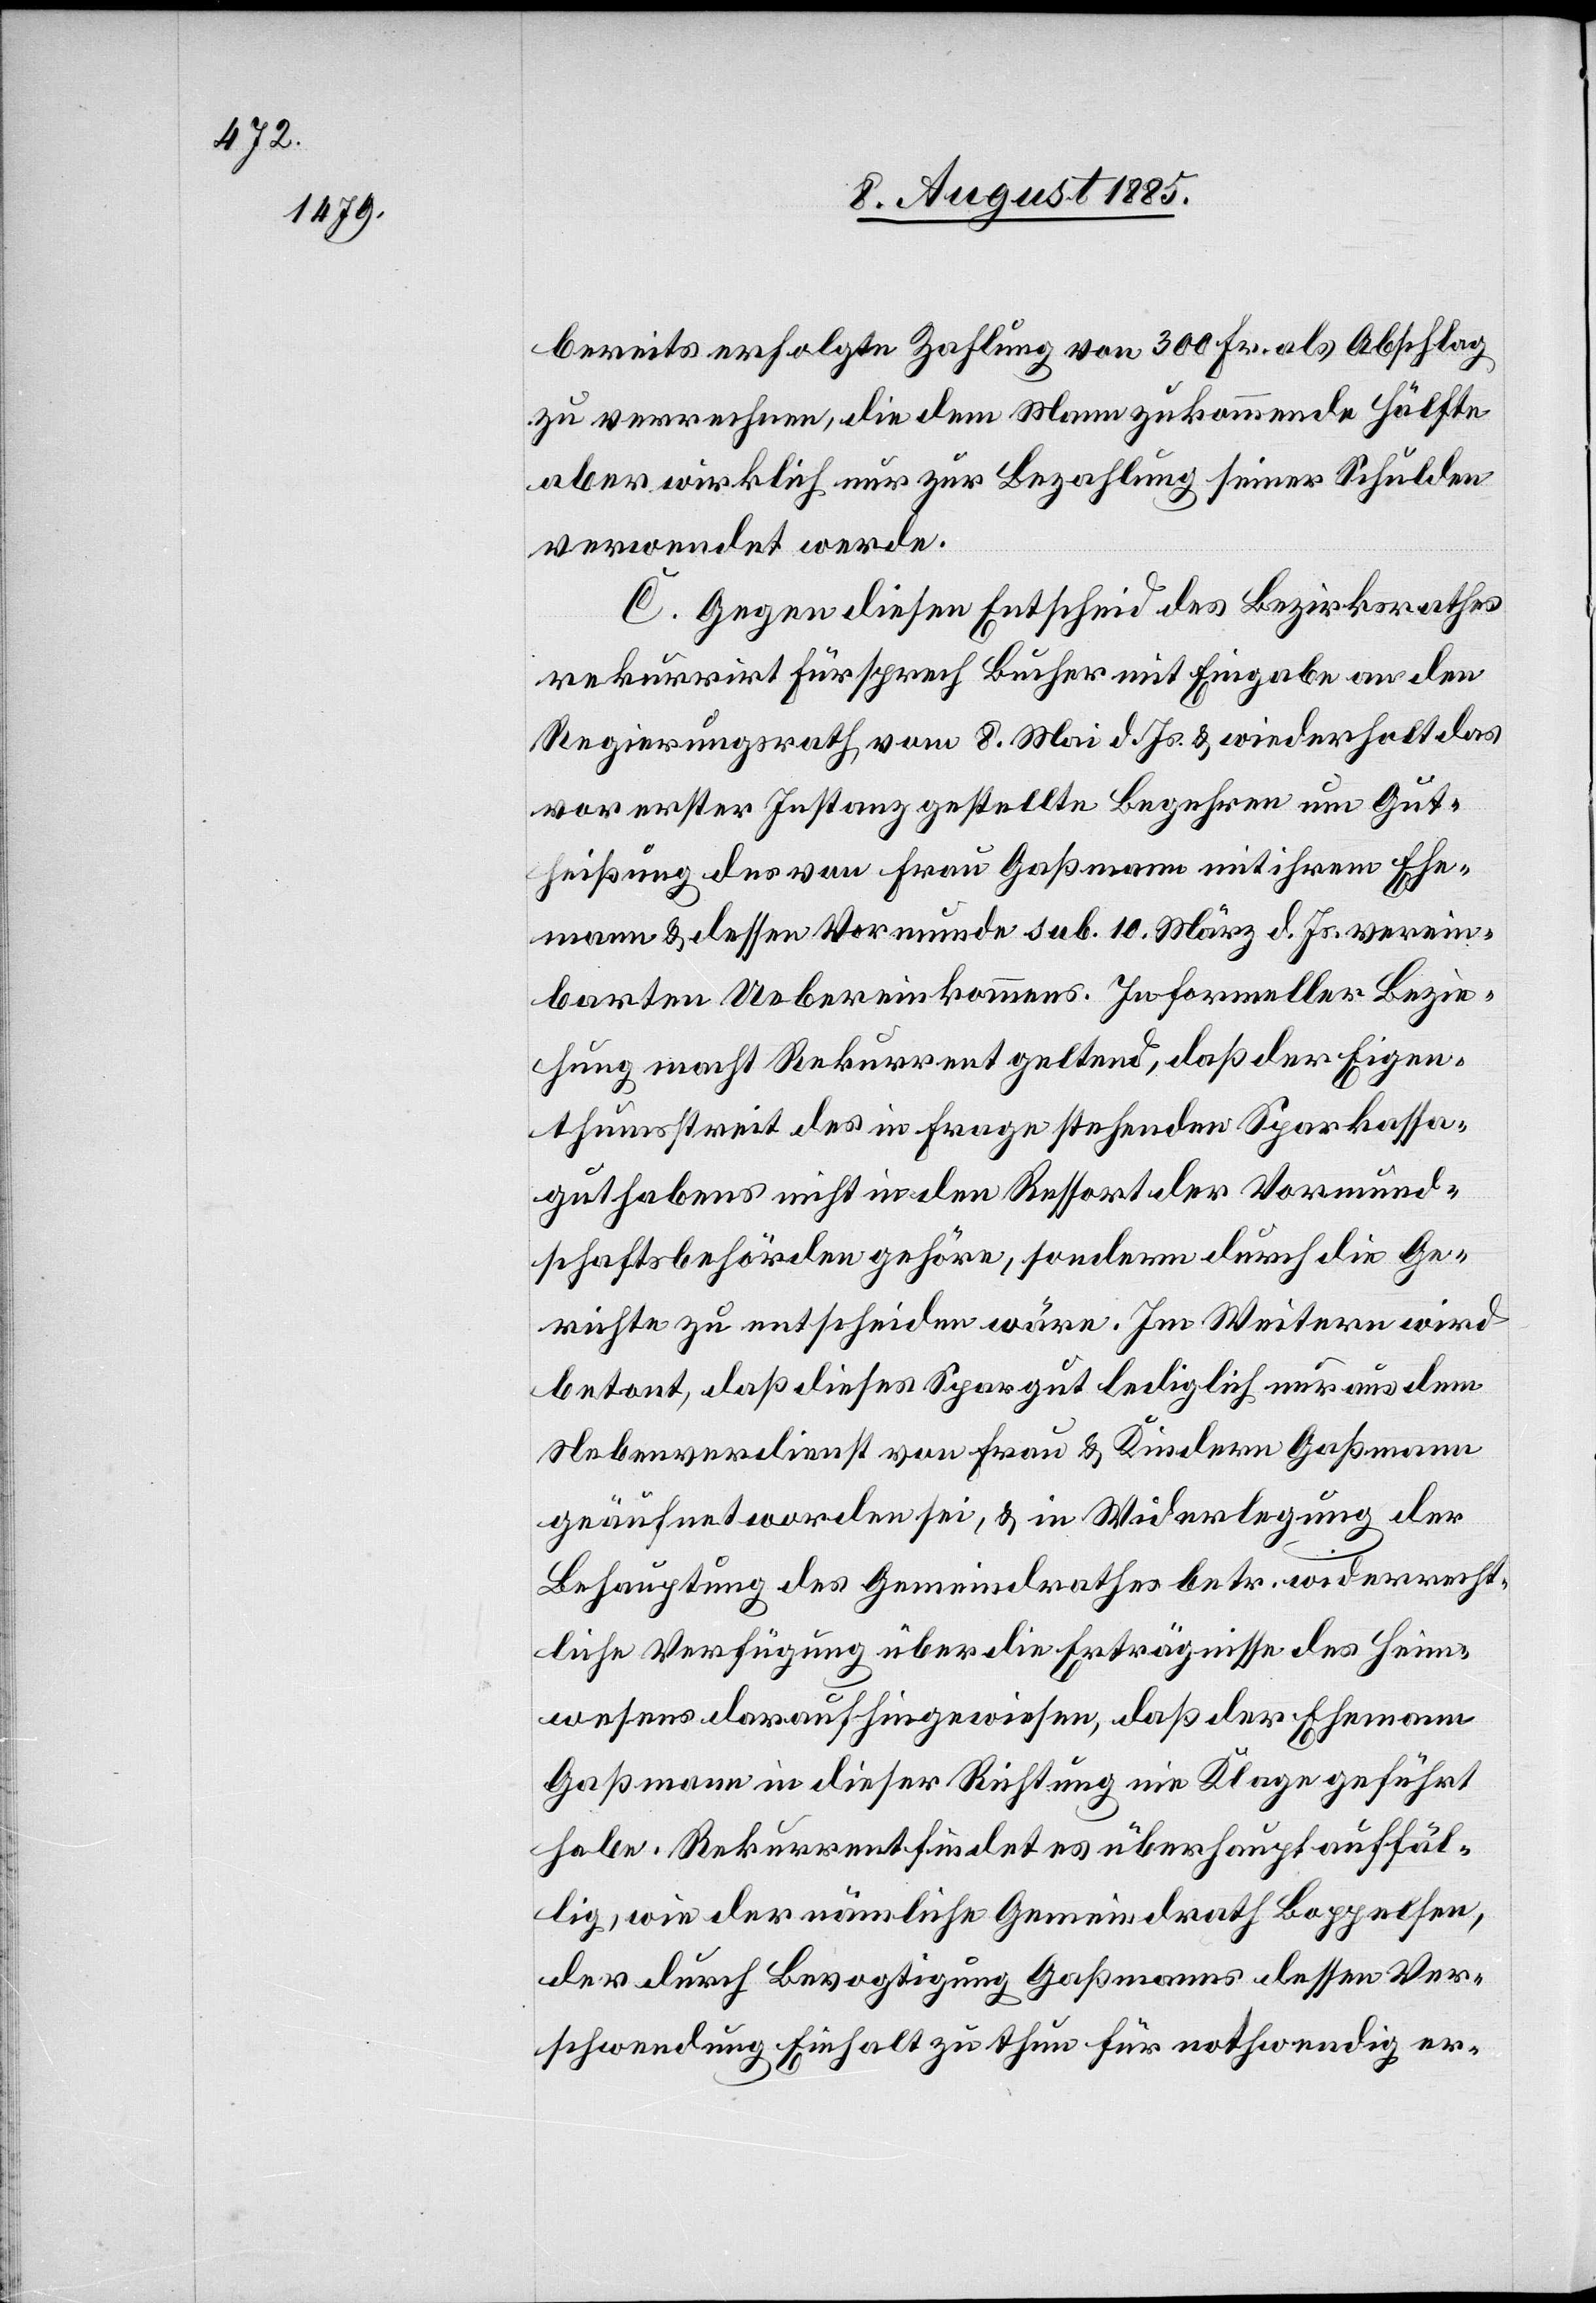
bereits erfolgte Zahlung von 300 Fr. als Abschlag
zu verrechnen, die dem Mann zukommende Hälfte
aber wirklich nur zur Bezahlung seiner Schulden
verwendet werde.
C. Gegen diesen Entscheid des Bezirksrathes
rekurrirt Fürsprech Bucher mit Eingabe an den
Regierungsrath vom 8. Mai d. Js. & wiederholt das
vor erster Instanz gestellte Begehren um Gut¬
heißung des von Frau Gaßmann mit ihrem Ehe¬
mann & dessen Vormunde sub. 10. März d. Js. verein¬
barten Uebereinkommens. In formeller Bezie¬
hung macht Rekurrent geltend, daß der Eigen¬
thumsstreit des in Frage stehenden Sparkassa¬
guthabens nicht in den Ressort der Vormund¬
schaftsbehörden gehöre, sondern durch die Ge¬
richte zu entscheiden wäre. Im Weitern wird
betont, daß dieses Spargut lediglich nur aus dem
Nebenverdienst von Frau & Kindern Gaßmann
geäufnet worden sei, & in Widerlegung der
Behauptung des Gemeindrathes betr. widerrecht¬
liche Verfügung über die Erträgnisse des Heim¬
wesens darauf hingewiesen, daß der Ehemann
Gaßmann in dieser Richtung nie Klage geführt
habe. Rekurrent findet es überhaupt auffäl¬
lig, wie der nämliche Gemeindrath Boppelsen,
der durch Bevogtigung Gaßmanns dessen Ver¬
schwendung Einhalt zu thun für nothwendig er-